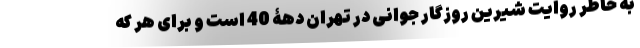
به خاطر روایت شیرین روزگار جوانی در تهران دهۀ 40 است و برای هر که